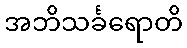
အဘိသင်္ခရောတိ